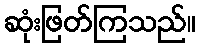
ဆုံးဖြတ်ကြသည်။